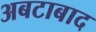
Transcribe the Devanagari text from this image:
अबटाबाद